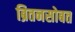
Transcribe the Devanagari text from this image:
ब्रितनसोबत